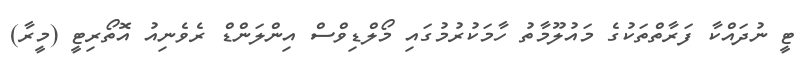
ޓީ ނުދައްކާ ފަރާތްތަކުގެ މައުލޫމާތު ހާމަކުރުމުގައި މޯލްޑިވްސް އިންލަންޑް ރެވެނިއު އޮތޯރިޓީ (މީރާ)